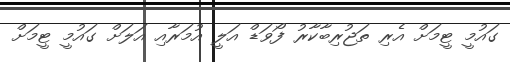
ގައުމީ ޓީމަށް އެރި ތަޖުރިބާކާރު ފޯވަޑް އަލީ އުމަރާއި އަލަށް ގައުމީ ޓީމަށް